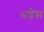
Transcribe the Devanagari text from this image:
भद्रेस